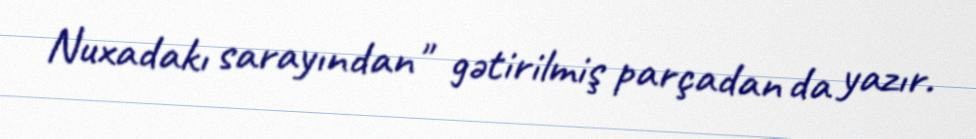
Nuxadakı sarayından" gətirilmiş parçadan da yazır.